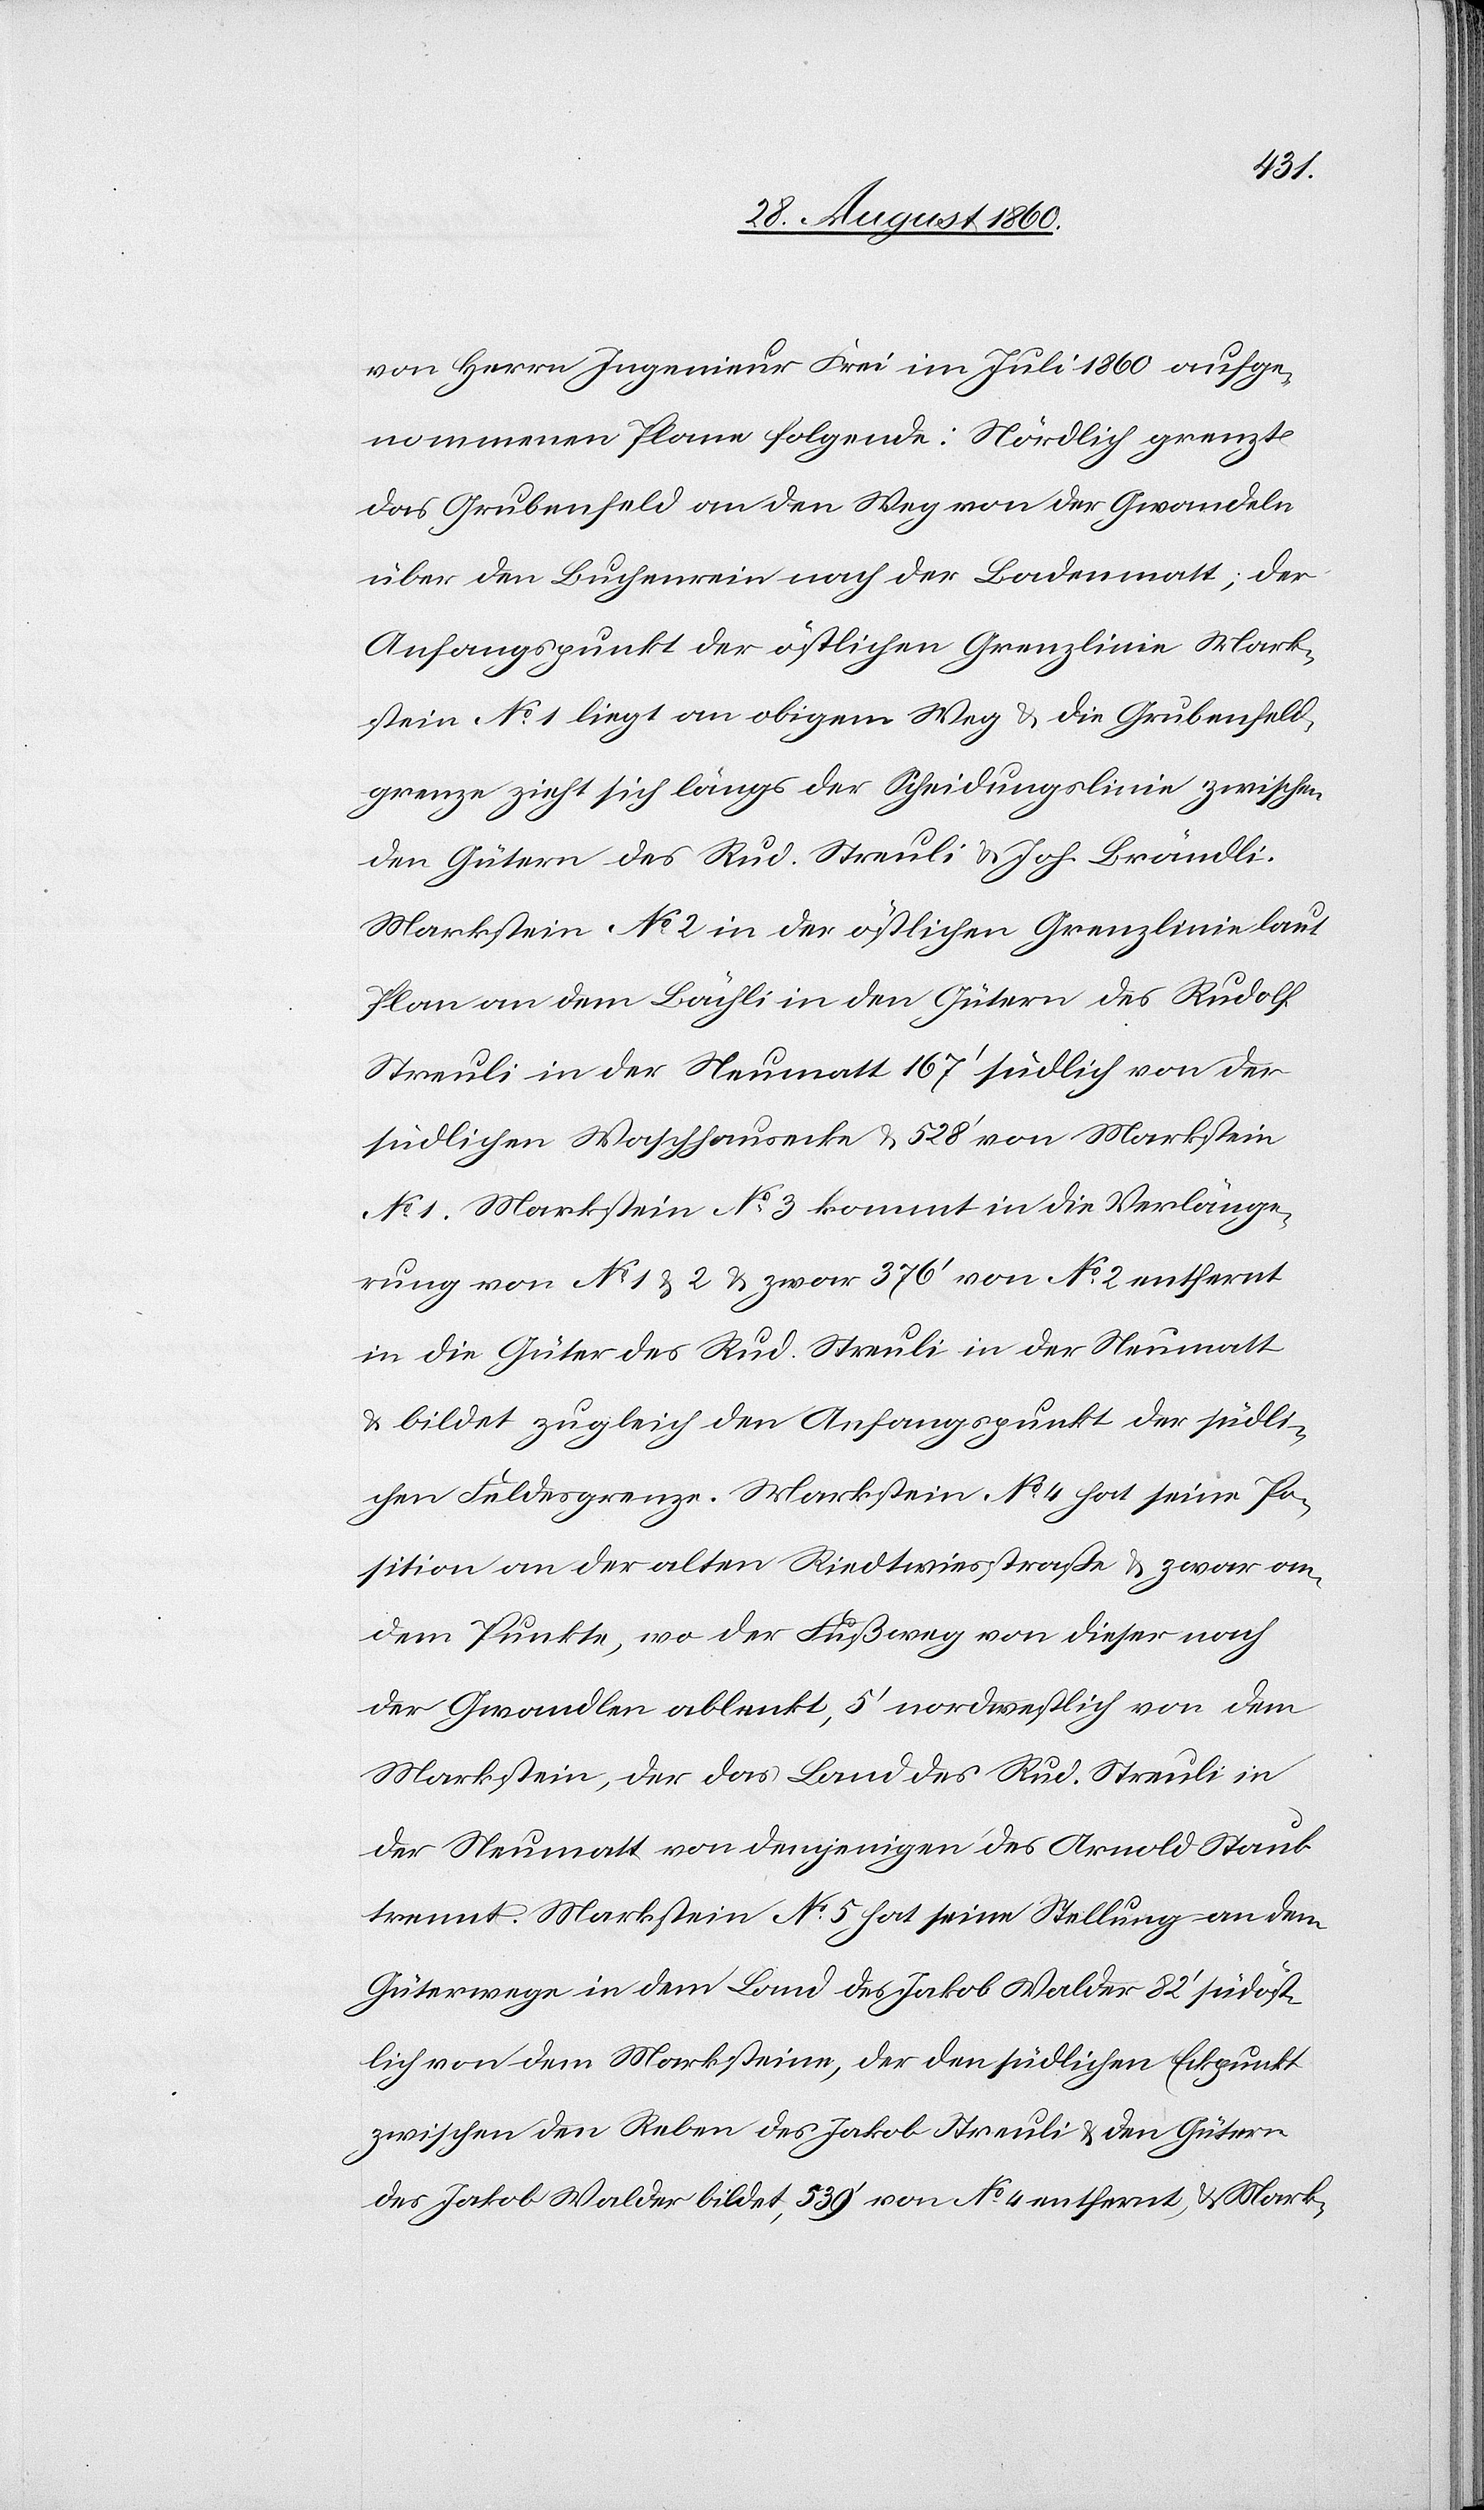
tein
von Herrn Ingenieur Frei im Juli 1860 aufge¬
nommenen Plane folgende: Nördlich grenzt
das Grubenfeld an den Weg von der Gwandeln
über den Buchenrein nach der Badenmatt; der
Anfangspunkt der östlichen Grenzlinie Mark¬
stein No 1 liegt an obigem Weg u. die Grubenfeld¬
grenze zieht sich längs der Scheidungslinie zwischen
den Gütern des Rud. Streuli u. Joh. Brändli.
Markstein No 2 [liegt] in der östlichen Grenzlinie laut
Plan an dem Bächli in den Gütern des Rudolf
Streuli in der Neumatt 167’ südlich von der
südlichen Waschhausecke u. 528’ von Marchstein
No 1. Markstein No 3 kommt in die Verlänge¬
rung von No 1 u. 2 u. zwar 376’ von No 2 entfernt
in die Güter des Rud. Streuli in der Neumatt
u. bildet zugleich den Anfangspunkt der südli¬
chen Feldesgrenze. Markstein No 4 hat seine Po¬
sition an der alten Riedwiesstrasse u. zwar an
dem Punkte, wo Fussweg von dieser nach
der Gwandlen ablenkt, 5’ nordwestlich von dem
Markstein, der das Land des Rud. Streuli in
der Neumatt von demjenigen des Arnold Staub
trennt. Markstein No 5 hat seine Stellung an dem
Güterweg in dem Land des Jakob Walder 82’ südöst¬
lich von dem Marksteine, der den südlichen Eckpunkt
zwischen den Reben des Jakob Streuli u. den Gütern
des Jakob Walder bildet, 539’ von No 4 entfernt, und Marks¬